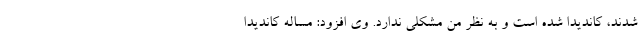
شدند، کاندیدا شده است و به نظر من مشکلی ندارد. وی افزود: مساله کاندیدا